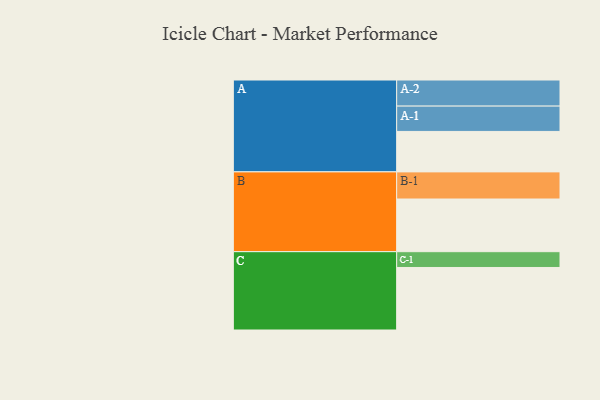
{"axis": {"x": "Segment", "y": "Value"}, "legend": ["", "A", "B", "C"], "data": [{"x": "A", "y": 361, "type": ""}, {"x": "B", "y": 470, "type": ""}, {"x": "C", "y": 558, "type": ""}, {"x": "A-1", "y": 226, "type": "A"}, {"x": "A-2", "y": 233, "type": "A"}, {"x": "B-1", "y": 242, "type": "B"}, {"x": "C-1", "y": 141, "type": "C"}]}